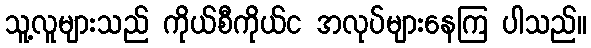
သူ့လူများသည် ကိုယ်စီကိုယ်င အလုပ်များနေကြ ပါသည်။